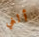
ألغي